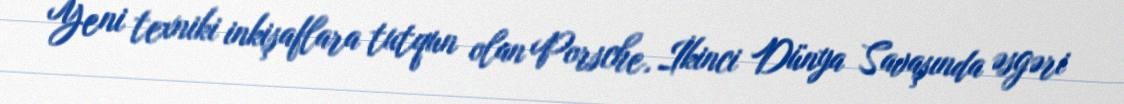
Yeni texniki inkişaflara tutqun olan Porsche, İkinci Dünya Savaşında əsgəri